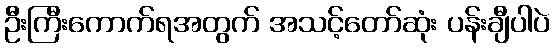
ဦးကြီးကောက်ရအတွက် အသင့်တော်ဆုံး ပန်းချီပါပဲ